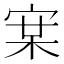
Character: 𭓵